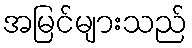
အမြင်များသည်